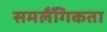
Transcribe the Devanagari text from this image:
समलैँगिकता